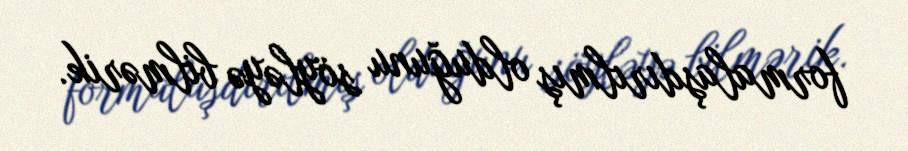
formalaşdırılmış olduğunu söyləyə bilmərik.